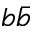
b \bar { b }